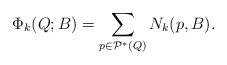
LaTeX: \begin{align*}\Phi_k(Q;B)= \sum_{p\in\mathcal{P}^*(Q)} N_{k}(p,B).\end{align*}